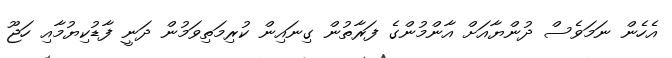
އެހެން ނަމަވެސް ދުންޔާއަށް އާންމުންގެ ފަރާތުން ގިނައިން ކުރިމަތިވަމުން ދަނީ ފާޑުކިޔުމާއި ހަޖޫ